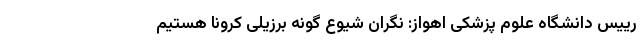
رییس دانشگاه علوم پزشکی اهواز: نگران شیوع گونه برزیلی کرونا هستیم